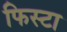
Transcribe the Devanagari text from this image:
फिस्टा